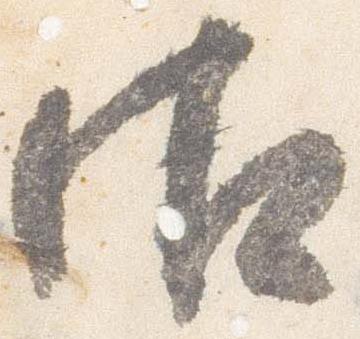
御